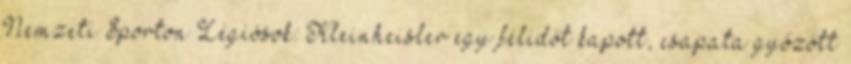
Nemzeti Sporton Légiósok: Kleinheisler egy félidőt kapott, csapata győzött